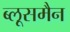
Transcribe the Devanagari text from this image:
ब्लूसमैन